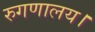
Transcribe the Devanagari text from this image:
रुगणालय।